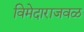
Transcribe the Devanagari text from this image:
विमेदाराजवळ